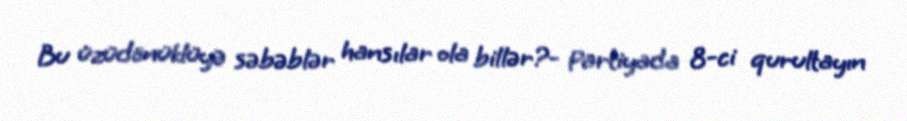
Bu üzüdönüklüyə səbəblər hansılar ola billər?- Partiyada 8-ci qurultayın